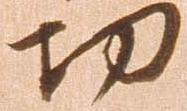
功